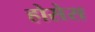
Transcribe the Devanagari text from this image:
होसेस